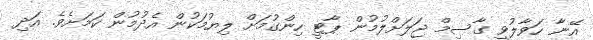
އޭނާ ހަވާލުވީ ގާސިމް ޖަލަށްލުމުން ޕާޓީ ހިންގުމަށް ލިޔުމަކުން އެދުމުން ކަމަށެވެ. އަދި